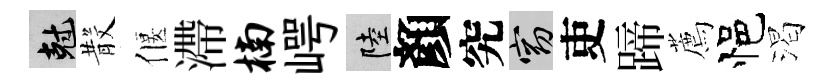
剋𣪚偃滯楠崿陸顏究窈吏蹄薦悒渴